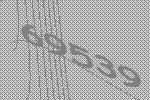
69539